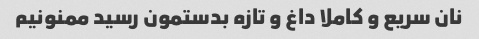
نان سریع و کاملا داغ و تازه بدستمون رسید ممنونیم